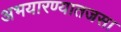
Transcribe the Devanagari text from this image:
अभयारण्यातजसा